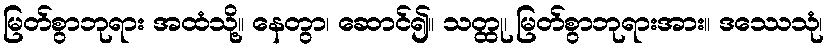
မြတ်စွာဘုရား အထံသို့။ နေတွာ၊ ဆောင်၍။ သတ္ထု၊ မြတ်စွာဘုရားအား။ ဒဿေသုံ၊